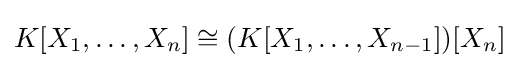
K[X_{1},\ldots ,X_{n}]\cong (K[X_{1},\ldots ,X_{n-1}])[X_{n}]